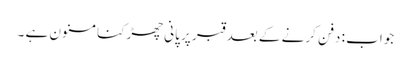
جواب : دفن کرنے کے بعد قبر پر پانی چھڑکنا مسنون ہے ۔